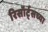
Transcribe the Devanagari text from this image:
रिसॉर्ट्सच्या